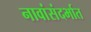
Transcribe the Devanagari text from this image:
नावांसंदर्भात